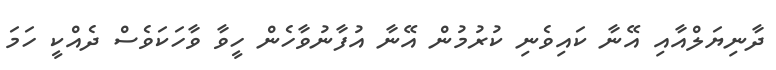
ދާނިޔަލްއާއި އޭނާ ކައިވެނި ކުރުމުން އޭނާ އުފާނުވާހެން ހީވާ ވާހަކަވެސް ދެއްކީ ހަމަ